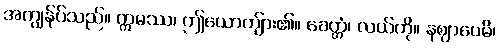
အကျွန်ုပ်သည်။ ဣမဿ၊ ဤယောကျ်ား၏။ ခေတ္တံ၊ လယ်ကို။ နဈာပေမိ၊